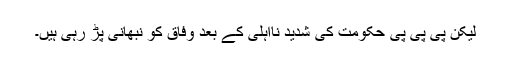
لیکن پی پی پی حکومت کی شدید نااہلی کے بعد وفاق کو نبھانی پڑ رہی ہیں۔